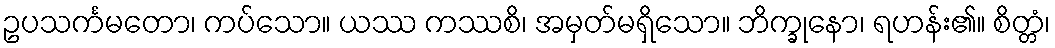
ဥပသင်္ကမတော၊ ကပ်သော။ ယဿ ကဿစိ၊ အမှတ်မရှိသော။ ဘိက္ခုနော၊ ရဟန်း၏။ စိတ္တံ၊